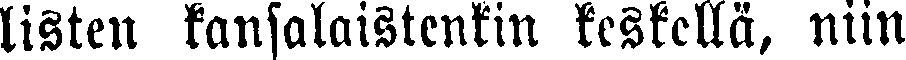
listen kansalaistenkin keskellä, niin